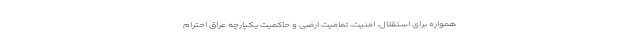
همواره برای استقلال، امنیت، تمامیت ارضی و حاکمیت یکپارچه عراق احترام